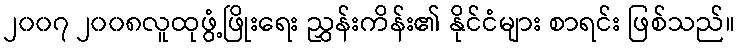
၂၀၀၇ ၂၀၀၈လူထုဖွံ့ဖြိုးရေး ညွှန်းကိန်း၏ နိုင်ငံများ စာရင်း ဖြစ်သည်။